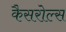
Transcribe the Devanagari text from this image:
कैसरोल्स